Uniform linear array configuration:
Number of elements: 8
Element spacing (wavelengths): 1
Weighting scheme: uniform
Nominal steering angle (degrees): -15
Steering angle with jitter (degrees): -16.183
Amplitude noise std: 0.05
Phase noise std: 0.05

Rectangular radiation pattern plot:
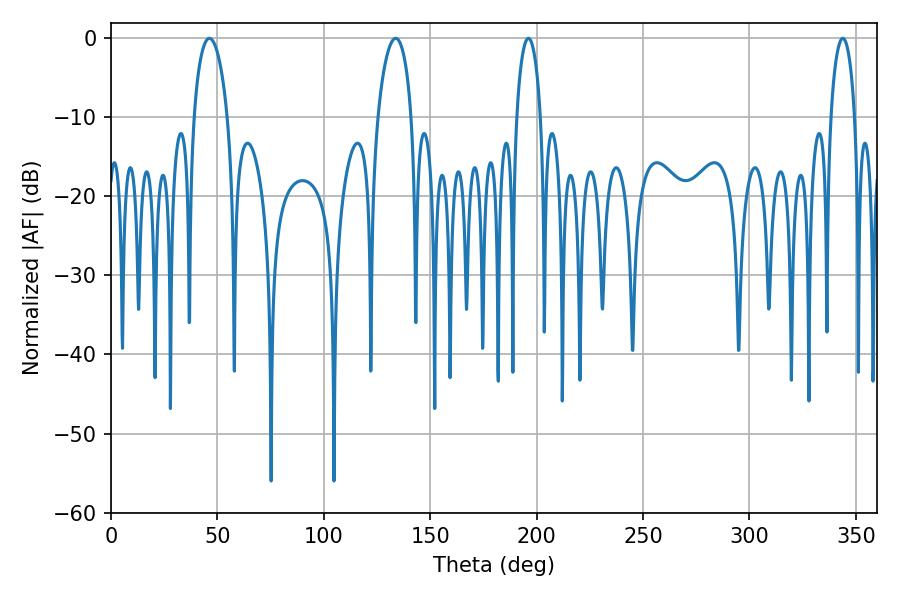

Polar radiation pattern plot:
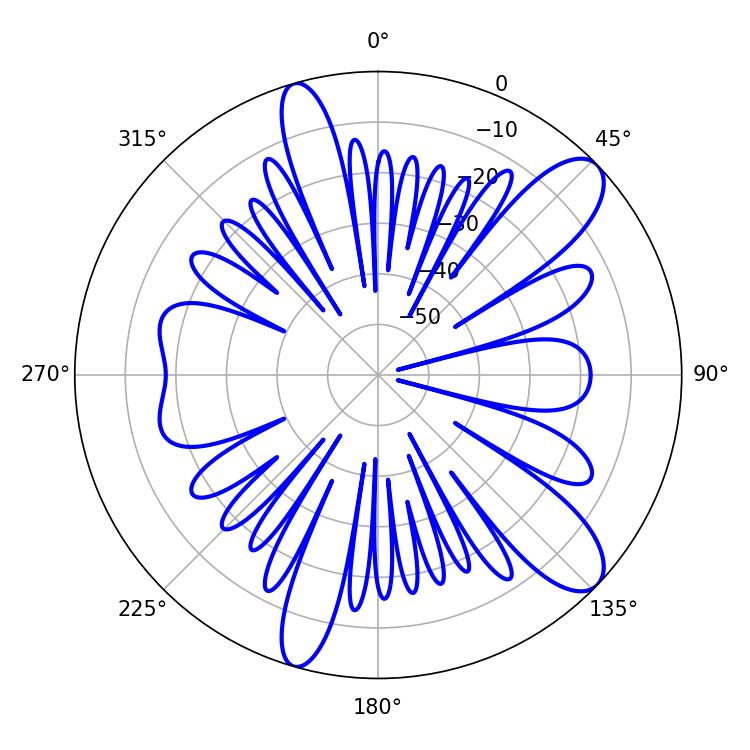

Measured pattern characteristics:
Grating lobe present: TRUE
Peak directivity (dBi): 10.748
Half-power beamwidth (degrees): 9
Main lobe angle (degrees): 46.26